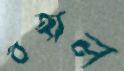
বহাল